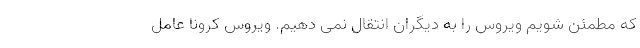
که مطمئن شویم ویروس را به دیگران انتقال نمی دهیم. ویروس کرونا عامل